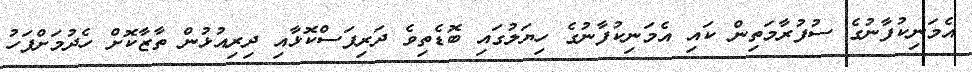
އެމަނިކުފާނުގެ ސުފުރާމަތިން ކައި އެމަނިކުފާނުގެ ހިޔަލުގައި ބޮޑެތިވެ ދަރިފަސްކޮޅާއި ދިރިއުޅުން ތާޒާކޮށް ހެދުމަށްފަހު